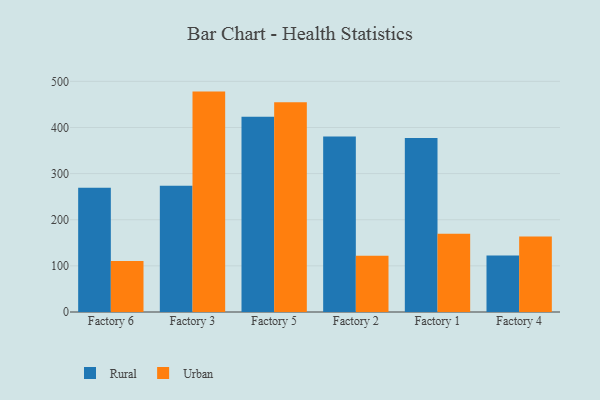
{"axis": {"x": "Factory", "y": "Gross Profit (USD K)"}, "legend": ["Rural", "Urban"], "data": [{"x": "Factory 6", "y": 269.4, "type": "Rural"}, {"x": "Factory 6", "y": 110.6, "type": "Urban"}, {"x": "Factory 3", "y": 273.5, "type": "Rural"}, {"x": "Factory 3", "y": 477.8, "type": "Urban"}, {"x": "Factory 5", "y": 423.1, "type": "Rural"}, {"x": "Factory 5", "y": 454.5, "type": "Urban"}, {"x": "Factory 2", "y": 380.3, "type": "Rural"}, {"x": "Factory 2", "y": 121.7, "type": "Urban"}, {"x": "Factory 1", "y": 377.2, "type": "Rural"}, {"x": "Factory 1", "y": 169.8, "type": "Urban"}, {"x": "Factory 4", "y": 122.5, "type": "Rural"}, {"x": "Factory 4", "y": 163.7, "type": "Urban"}]}